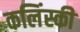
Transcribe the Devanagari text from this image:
कलिंस्की